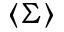
\langle \Sigma \rangle